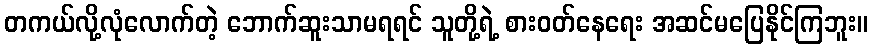
တကယ်လို့လုံလောက်တဲ့ ဘောက်ဆူးသာမရရင် သူတို့ရဲ့ စားဝတ်နေရေး အဆင်မပြေနိုင်ကြဘူး။